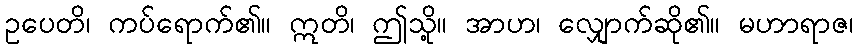
ဥပေတိ၊ ကပ်ရောက်၏။ ဣတိ၊ ဤသို့။ အာဟ၊ လျှောက်ဆို၏။ မဟာရာဇ၊